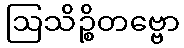
ဩသိဉ္စိတဗ္ဗော